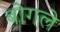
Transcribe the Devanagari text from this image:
बोगले